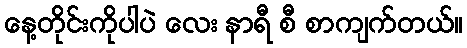
နေ့တိုင်းကိုပါပဲ လေး နာရီ စီ စာကျက်တယ်။